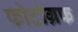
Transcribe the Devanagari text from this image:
फोटोग्रफ